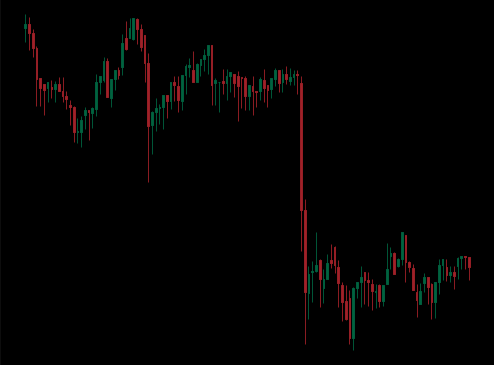
Pattern: unclassified